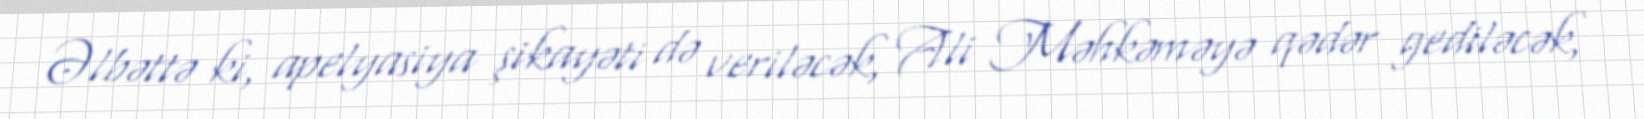
Əlbəttə ki, apelyasiya şikayəti də veriləcək, Ali Məhkəməyə qədər gediləcək,